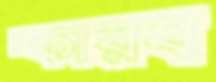
স্কারব